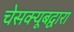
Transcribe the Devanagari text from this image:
चेसक्यूबद्वारा